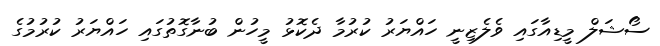
ސޯޝަލް މީޑިއާގައި ވެލެޒިނީ ހައްޔަރު ކުރުމާ ދެކޮޅު މީހުން ބުނާގޮތުގައި ހައްޔަރު ކުރުމުގެ